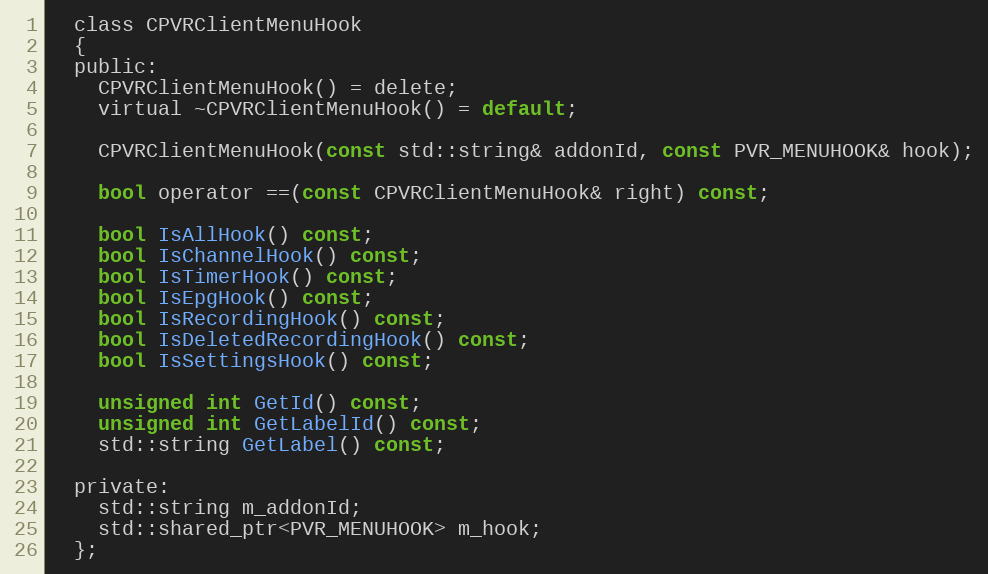
Language: C
  class CPVRClientMenuHook
  {
  public:
    CPVRClientMenuHook() = delete;
    virtual ~CPVRClientMenuHook() = default;

    CPVRClientMenuHook(const std::string& addonId, const PVR_MENUHOOK& hook);

    bool operator ==(const CPVRClientMenuHook& right) const;

    bool IsAllHook() const;
    bool IsChannelHook() const;
    bool IsTimerHook() const;
    bool IsEpgHook() const;
    bool IsRecordingHook() const;
    bool IsDeletedRecordingHook() const;
    bool IsSettingsHook() const;

    unsigned int GetId() const;
    unsigned int GetLabelId() const;
    std::string GetLabel() const;

  private:
    std::string m_addonId;
    std::shared_ptr<PVR_MENUHOOK> m_hook;
  };